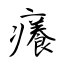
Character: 癢